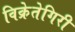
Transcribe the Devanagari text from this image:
विक्रेतेगिरी